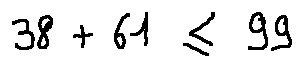
3 8 + 6 1 \leq 9 9